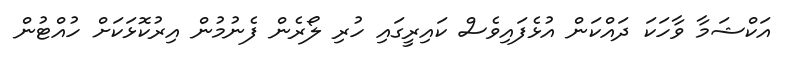
އަކްޝަމާ ވާހަކަ ދައްކަން އުޅެފައިވެސް ކައިރީގައި ހުރި ލޯރެން ފެނުމުން އިރުކޮޅަކަށް ހުއްޓުން